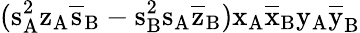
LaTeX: (\mathrm{s_{A}^{2}\mathrm{z_{A}\mathrm{\overline{{s}}_{B}-\mathrm{s_{B}^{2}\mathrm{s_{A}\mathrm{\overline{{z}}_{B})\mathrm{x_{A}\mathrm{\overline{{x}}_{B}\mathrm{y_{A}\mathrm{\overline{{y}}_{B}}}}}}}}}}}